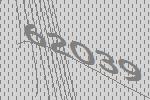
62039